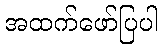
အထက်ဖော်ပြပါ